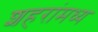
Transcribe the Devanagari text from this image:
शहरांमध्य